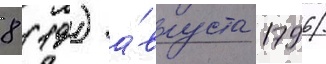
8 (19) а́вгуста 1796